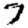
Digit: 7